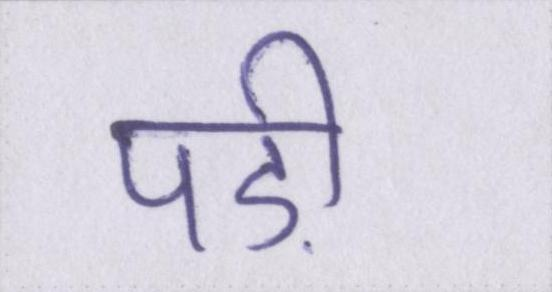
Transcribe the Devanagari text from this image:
पड़ी